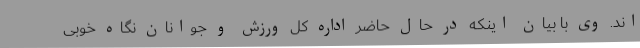
اند. وی با بیان اینکه در حال حاضر اداره کل ورزش و جوانان نگاه خوبی